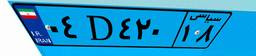
۲۹D۹۳۲۰۰